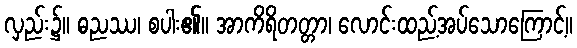
လှည်း၌။ ဓညဿ၊ စပါး၏။ အာကိရိတတ္တာ၊ လောင်းထည့်အပ်သောကြောင့်။